Lunatic asylums Punjab 1881-1894 - 1881-1894
Year: 1881
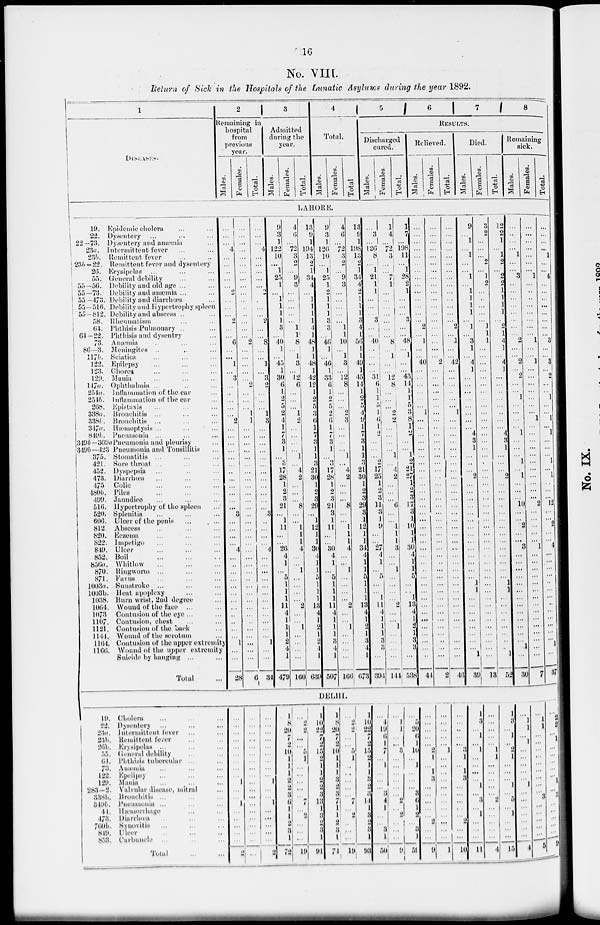
19
No. VIII.
Return of Sick in the Hospitals of the Lunatic Asylums during the year 1892.
1
2
Remaining in
hospital
from
previous
year.
Males.
Females.
Total.
3
Admitted
luring the
year.
Males.
Females.
Total.
4
Total.
Males.
Females.
Total
5
6
7
8
RESULTS.
Discharged
cured.
Males.
Females.
Total.
Relieved.
Males.
Females.
Total.
Died.
Males.
Females.
Total.
Remaining
sick.
Males.
Females.
Total.
LAHORE.
19.
22.
22 -73.
23a.
23b.
23b—22.
26.
55.
55—56.
55—73.
55 —473.
55-516.
55-812.
58.
64.
64—22.
73.
86—3.
117 b.
122.
123.
129.
l47a.
254a.
254b.
208.
388a.
338b.
347a.
849b.
849b-369
340b—423
375.
421.
452.
473.
475
480b.
499.
510.
520.
606.
812.
820.
822.
840.
852.
856a.
870.
871.
1003a.
1003b.
1038.
1064.
1073
1107.
1121.
1144.
1164.
1166.
Epidemic cholera ... ...
Dysentery ... ... ...
Dysentery and anamia ... ...
Intermittent fever ... ...
Remittent fever ... ...
Remittent fever and dysentery
Erysipelas ... ...
General debility ... ...
Debility and old age ... ...
Debility and anaemia ... ...
Debility and diarrhoea. ...
Debility and Hypertrophy spleen
Debility and abscess ... ...
Rheumatism ... ...
Phthisis Pulmonary ... ...
Phthisis and dysentry ...
Anaemia. ... ... ...
Meningites ... ... ...
Sciatica. ... ... ...
Epilepsy ... ... ...
Chorea ... ... ...
Mania ... ... ...
Ophthalmia ... ... ...
Inflammation of the ear ...
Inflammation of the ear ...
Epistaxis ... ... ...
Bronchitis ... ... ...
Bronchitis ... ... ...
Haemoptysis ... ... ... ...
Pneumonia ... ... ... ...
Pneumonia and pleurisy ...
Pneumonia and Tonsillitis ...
Stomatitis ... ... ... ...
Sore throat ... ... ...
Dyspepsia ... ... ...
Diarrhea ... ... ...
Colic
...
...
...
Piles ... ... ...
Jaundice ... ... ...
Hypertrophy of the spleen ...
Splenitis ... ... ...
Ulcer of the penis
...
...
Abscess ... ... ...
Eczema ... ... ...
Impetigo ... ... ...
Ulcer
...
...
...
Boil
...
...
...
Whitlow
...
...
...
Ringworm ... ... ...
Favus ... ... ...
Sunstroke ... ... ...
Heat apoplexy ... ...
Burn wrist, 2nd degree ...
Wound of the face ...
Contusion of the eye ...
Contusion, chest ... ...
Contusion of the back ...
Wound of the scrotum
Contusion of the upper extremity
Wound of the upper extremity
Suicide by hanging ...
Total
...
...
...
4
...
...
...
...
...
2
...
...
...
2
...
...
6
...
...
1
...
3
...
...
...
...
...
2
...
...
...
...
...
...
...
...
...
...
...
...
3
...
...
...
...
4
...
...
...
...
...
...
...
...
...
...
...
...
1
...
...
28
...
...
...
...
...
...
...
...
...
...
...
...
...
...
...
...
2
...
...
...
2
...
...
...
1
1
...
...
...
...
...
...
...
...
...
...
...
...
...
...
...
...
...
...
...
...
...
...
...
...
...
...
...
...
...
...
...
...
...
6
...
...
...
4
...
...
...
...
...
...
...
...
...
2
...
...
8
...
...
1
...
3
2
...
...
...
1
3
...
...
...
...
...
...
...
...
...
...
...
...
3
...
...
...
...
4
...
...
...
...
...
...
...
...
...
...
...
...
1
...
...
34
9
3
1
122
10
...
1
25
1
...
1
1
1
1
3
...
40
1
...
45
1
30
6
1
2
5
2
4
1
7
3
1
...
3
17
28
1
2
3
21
...
1
11
...
...
26
4
1
...
5
1
1
1
11 4
1
1
1
2
4
1
470
4
6
...
72
3
2
...
9
3
...
...
...
...
...
11
1
8
...
1
3
...
12
6
...
...
...
1
2
...
...
...
...
1
...
4
2
...
...
...
8
...
...
1
1
1
4
...
...
l
...
...
...
...
2
...
...
1
...
...
...
...
166
13
9
1
104
13
2
1
34
4
...
1
1
1
1
4
1
48
1
1
48
1
42
12
1
2
5
3
6
1
7
3
1
1
3
21
30
1
2
3
29
...
1
12
1
1
30
4
1
1
5
1
1
1
13
4
1
2
1
2
4
1
639
9
3
11
126
10
...
1
25
1
2
1
1
1
3
3
...
46
1
...
46
1
33
6
1
2
5
2
6
1
7
3
1
...
3
17
28
1
2
3
21
3
1
11
...
...
30
4
1
...
5
1
1
1
11
4
1
1
1
3
4
1
507
4
6
...
72
3
2
...
9
3
...
...
...
...
...
...
1
10
...
1
3
...
12
8
...
...
...
2
3
...
...
...
...
1
...
4
2
...
...
...
8
...
...
1
1
1
4
...
...
1
...
...
...
...
2
...
...
1
...
...
...
...
166
13
9
1
108
13
2
1
34
4
2
1 1
1
3
4
1
50
1
1
40
1
45
14
1
2
5
4
9
1
7
3
1
1
3
21
30
1
2
3
20
3
1
12
1
1
34
4
1
1
5
1
1
1
13
4
1
2
1
3
4
1
673
...
3
...
126
8
...
1
21
1
1
...
1
...
3
...
...
40
...
...
...
...
31
6
1
1
5
1
6
1
2
...
...
...
2
17
25
1
2
3
11
3
1
9
...
...
27
4
1
...
5
...
...
1
11
4
1
1
1
3 3
...
304
1
4
...
72
3
...
...
7
1
1
...
...
... ...
...
1
8 ...
1
...
...
12
8
...
...
...
2
...
...
...
...
...
...
...
4
2
...
...
...
6
...
...
1
1
1
3
...
...
1
...
...
...
...
...
...
...
...
...
...
...
...
14
1
7
...
198
11
...
1
28
2
1
...
...
...
3
...
...
48
...
1
...
...
43
14
1
1
5
...
8
1
...
...
...
1
2
21
27
1
2
3
17
3
1
10
1
1
30
4
1
1
5
...
...
1
13
4
1
2
1
3 3
...
538
...
...
...
...
...
...
...
...
...
...
...
...
...
...
2
...
1
...
...
40
...
...
...
...
...
...
1
...
...
...
...
...
...
...
...
...
...
...
...
...
...
...
...
...
...
...
...
...
...
...
...
...
...
...
...
...
...
...
...
...
...
44
...
...
...
...
...
...
...
...
...
...
...
...
...
...
...
...
...
...
...
2
...
...
...
...
...
...
...
...
...
...
...
...
...
...
...
...
...
...
...
...
...
...
...
...
...
...
...
..
...
...
...
...
...
...
...
...
...
..
...
...
2
...
...
...
...
...
...
...
...
...
...
...
...
...
...
2
...
1
...
...
42
...
...
...
...
...
...
1
...
...
...
...
...
...
...
...
...
...
...
...
...
...
...
...
...
...
...
...
...
...
...
...
...
...
...
...
...
...
...
...
...
...
46
9
...
1
...
1
...
...
1
...
1
1
1
1
...
1
...
3
1
...
4
1
...
...
...
...
...
...
...
...
4
3
1
...
...
...
2
...
...
...
...
...
...
...
...
...
...
...
...
...
...
1
1
...
...
...
...
...
...
1
39
3
2
...
...
...
2
...
1
2
...
...
...
...
...
1
1
1
...
...
...
...
...
...
...
...
...
...
...
...
...
...
...
...
...
...
...
...
...
...
...
...
...
...
...
...
...
...
...
...
...
...
...
...
...
...
...
...
...
...
...
...
13
12
2
1
...
1
2
...
2
2
1
1
1
1
...
2
1
4
1
...
4
1
...
...
...
...
...
...
...
...
4
3
1
...
...
...
2
...
...
...
...
...
...
...
...
...
...
...
...
...
...
1
1
...
...
...
...
...
...
...
...
1
52
...
...
...
...
1
...
...
3
...
...
...
...
...
...
...
...
2
...
...
2
...
2
...
...
1
...
...
...
.. .
1
...
...
...
1
...
1
...
...
...
10
...
...
2
...
...
8
...
...
...
...
...
...
...
...
...
...
...
...
...
1
...
30
...
...
...
...
...
...
...
1
...
...
...
...
...
...
...
...
1
...
..
1
...
...
...
...
...
...
...
1
...
...
...
...
...
...
...
...
...
...
...
2
...
...
...
...
...
1
...
...
...
...
...
...
...
...
...
...
...
...
...
...
...
7
...
...
...
...
1
...
...
4
...
...
...
...
...
...
...
...
3
...
...
3
...
2
...
...
1
...
...
1
...
1
...
...
...
1
...
1
...
...
...
12
...
...
2
...
...
...
...
...
...
...
...
...
...
...
...
...
...
...
...
37
DELHI.
19.
22.
23a.
23b.
26b.
55.
64.
73.
122.
120.
283—2
338b.
319b.
41.
473.
760b.
810.
853.
Cholera ... ... ...
Dysentery ... ... ...
Intermittent fever ... ...
Remittent fever ... ...
Erysipelas ... ... ...
General debility ... ...
Phthisis tubercular ... ...
Amentia ... ... ...
Epelipsy ... ... ...
Mania ... ... ...
Valvular disease, mitral ...
Bronchitis ... ... ...
Pneumonia ... ... ...
Hæmorrhage ... ...
Diarrhae ... ... ...
Synovitis ... ... ...
Ulcer
...
...
...
Carbuncle ... ... ...
Total ... ..
...
...
...
...
...
...
...
...
...
1
...
...
1
...
...
...
...
...
2
...
...
...
...
...
...
...
...
...
...
...
...
...
...
...
...
...
...
...
...
...
...
...
...
...
...
...
...
1
...
...
1
...
...
...
...
...
2
1
8
20
7
2
10
1
1
1
2
2
3
6
1
1
2
3
1
72
...
...
...
...
...
5
1
...
...
...
...
...
7
...
2
...
...
......
19
1
10
...
7
...
15
1
1
1
2
2
3
13
3
3
2
1
1
91
1
8
22
...
7
10
1
1
1
3
2
3
7
1
2
1
3
1
74
...
2
2
...
...
...
1
..
...
...
...
...
...
...
...
...
...
29
1
19
22
7
2
15
2
1
1
3
2
3
14
1
3
2
5 1
93
...
4
10
6
1
7
...
...
...
...
...
3
4
1
...
...
3
1
50
...
...
1
...
...
3
...
...
...
...
...
2
...
2
...
...
...
9
...
5
20
6
1
10
...
1
...
...
...
3
6
1
2
...
3
1
59
...
...
...
...
...
...
...
...
...
...
...
...
...
...
...
...
...
...
9
...
...
...
...
...
2
...
...
1
1
...
...
...
...
...
...
...
1
...
...
...
...
...
1
...
...
...
...
...
...
...
...
...
...
...
...
10
...
...
...
...
...
3
1 ...
...
1 ...
...
...
...
...
...
...
...
...
...
11
1 ...
...
...
...
...
1
1
...
...
...
...
...
2
...
...
...
...
...
4
1
3
1
..
2
1
...
...
...
1
5
...
1
...
...
15
...
...
...
...
...
...
1
...
...
...
...
...
...
...
4
...
1
1
...
...
...
...
...
...
...
...
3
...
...
...
...
...
...
...
1
2
1 1
...
...
...
...
1
...
3
...
...
...
...
...
...
9